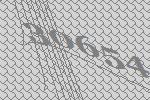
30654